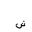
Letter: _shin